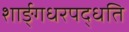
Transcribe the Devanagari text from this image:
शार्ङ्गधरपद्धति